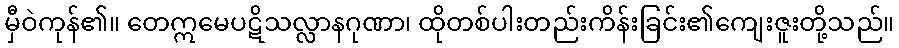
မှီဝဲကုန်၏။ တေဣမေပဋိသလ္လာနဂုဏာ၊ ထိုတစ်ပါးတည်းကိန်းခြင်း၏ကျေးဇူးတို့သည်။